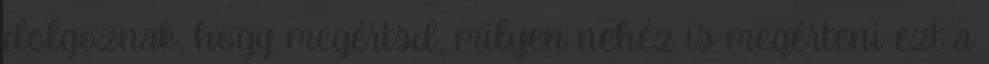
dolgoznak, hogy megértsd, milyen nehéz is megérteni ezt a